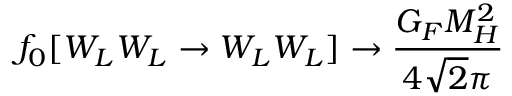
f _ { 0 } [ W _ { L } W _ { L } \rightarrow W _ { L } W _ { L } ] \rightarrow \frac { G _ { F } M _ { H } ^ { 2 } } { 4 \sqrt { 2 } \pi }